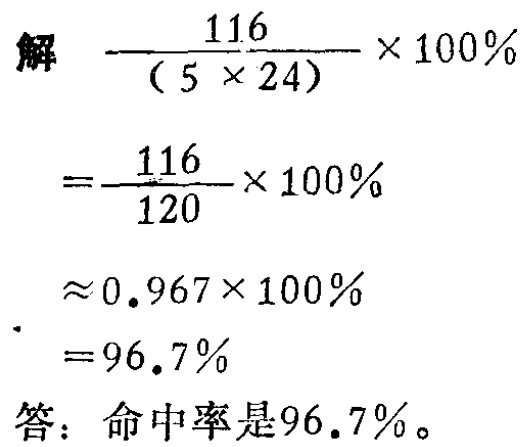
解

\[

\begin{align*}

&\frac{116}{(5\times24)}\times100\%\\

=&\frac{116}{120}\times100\%\\

\approx&0.967\times100\%\\

=&96.7\%

\end{align*}

\]

答：命中率是\(96.7\%\)。